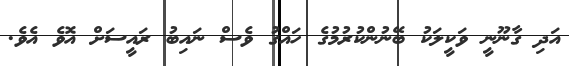
އަދި ގާނޫނީ ވަކީލަކު ބޭނުންކުރުމުގެ ހައްގު ވެސް ނައިބު ރައީސަށް އޮވެ އެވެ.